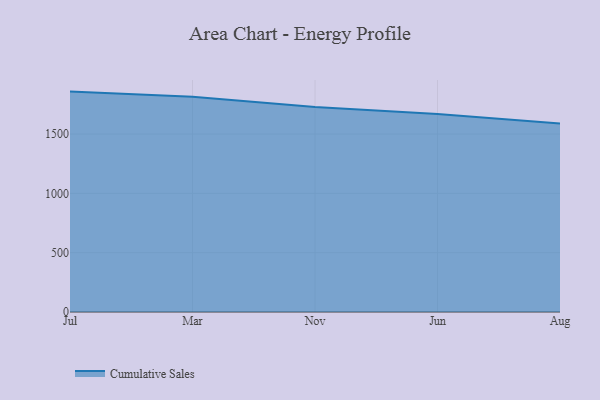
{"axis": {"x": "Month", "y": "Active Users"}, "legend": ["Cumulative Sales"], "data": [{"x": "Jul", "y": 1857.7, "type": "Cumulative Sales"}, {"x": "Mar", "y": 1814.8, "type": "Cumulative Sales"}, {"x": "Nov", "y": 1727.2, "type": "Cumulative Sales"}, {"x": "Jun", "y": 1669.4, "type": "Cumulative Sales"}, {"x": "Aug", "y": 1588.1, "type": "Cumulative Sales"}]}